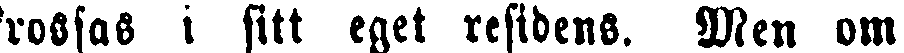
rossas i sitt eget residens. Men om